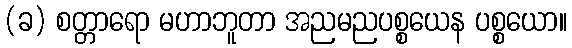
(ခ) စတ္တာရော မဟာဘူတာ အညမညပစ္စယေန ပစ္စယော။